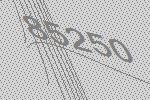
85250